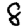
Digit: 8